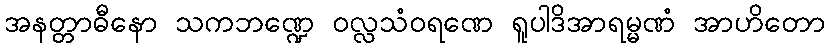
အနတ္တာဓီနော သကဘဏ္ဍေ ဝလ္လသံဝရဏေ ရူပါဒိအာရမ္မဏံ အာဟိတော